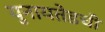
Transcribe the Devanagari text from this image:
युनायतेडची